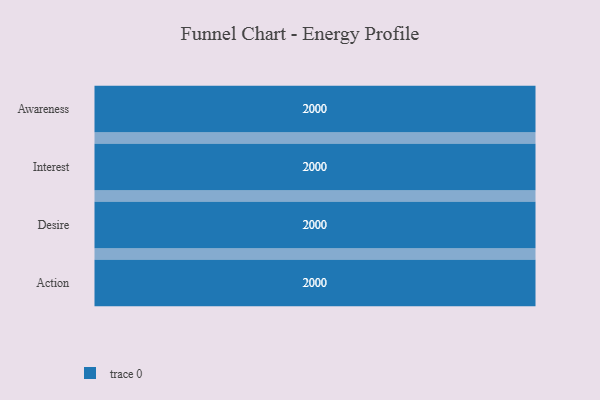
{"axis": {"x": "Stage", "y": "Value"}, "legend": [""], "data": [{"x": "Awareness", "y": 2000, "type": ""}, {"x": "Interest", "y": 2000, "type": ""}, {"x": "Desire", "y": 2000, "type": ""}, {"x": "Action", "y": 2000, "type": ""}]}